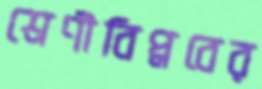
শ্রেণীবিপ্লবের